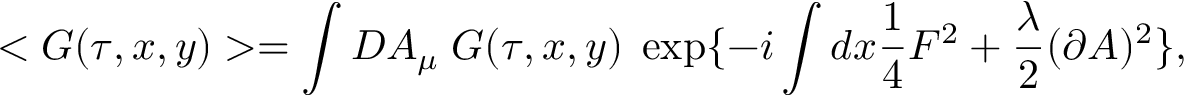
< G ( \tau , x , y ) > = \int D A _ { \mu } \; G ( \tau , x , y ) \; \exp \{ - i \int d x \frac { 1 } { 4 } F ^ { 2 } + \frac { \lambda } { 2 } ( \partial A ) ^ { 2 } \} ,